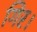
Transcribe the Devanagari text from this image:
गिर।